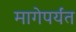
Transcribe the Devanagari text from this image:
मागेपर्यंत